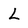
Character: L